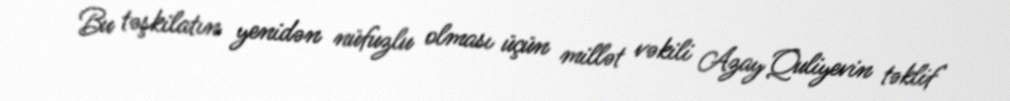
Bu təşkilatın yenidən nüfuzlu olması üçün millət vəkili Azay Quliyevin təklif